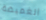
الغميضة